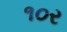
૧૦ર